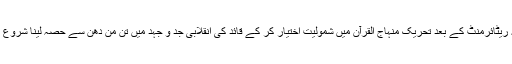
چنانچہ ریٹائرمنٹ کے بعد تحریک منہاج القرآن میں شمولیت اختیار کر کے قائد کی انقلابی جد و جہد میں تن من دھن سے حصہ لینا شروع کر دیا۔